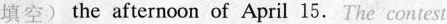
填空) the afternoon of April 15.The contest